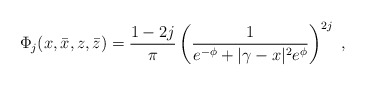
\begin{align*}\Phi_j (x,\bar{x},z,\bar{z}) = \frac{1 - 2j}{\pi} \left( \frac{1}{e^{-\phi} + | \gamma - x | ^2 e^{\phi} }\right)^{2 j} ~,\end{align*}